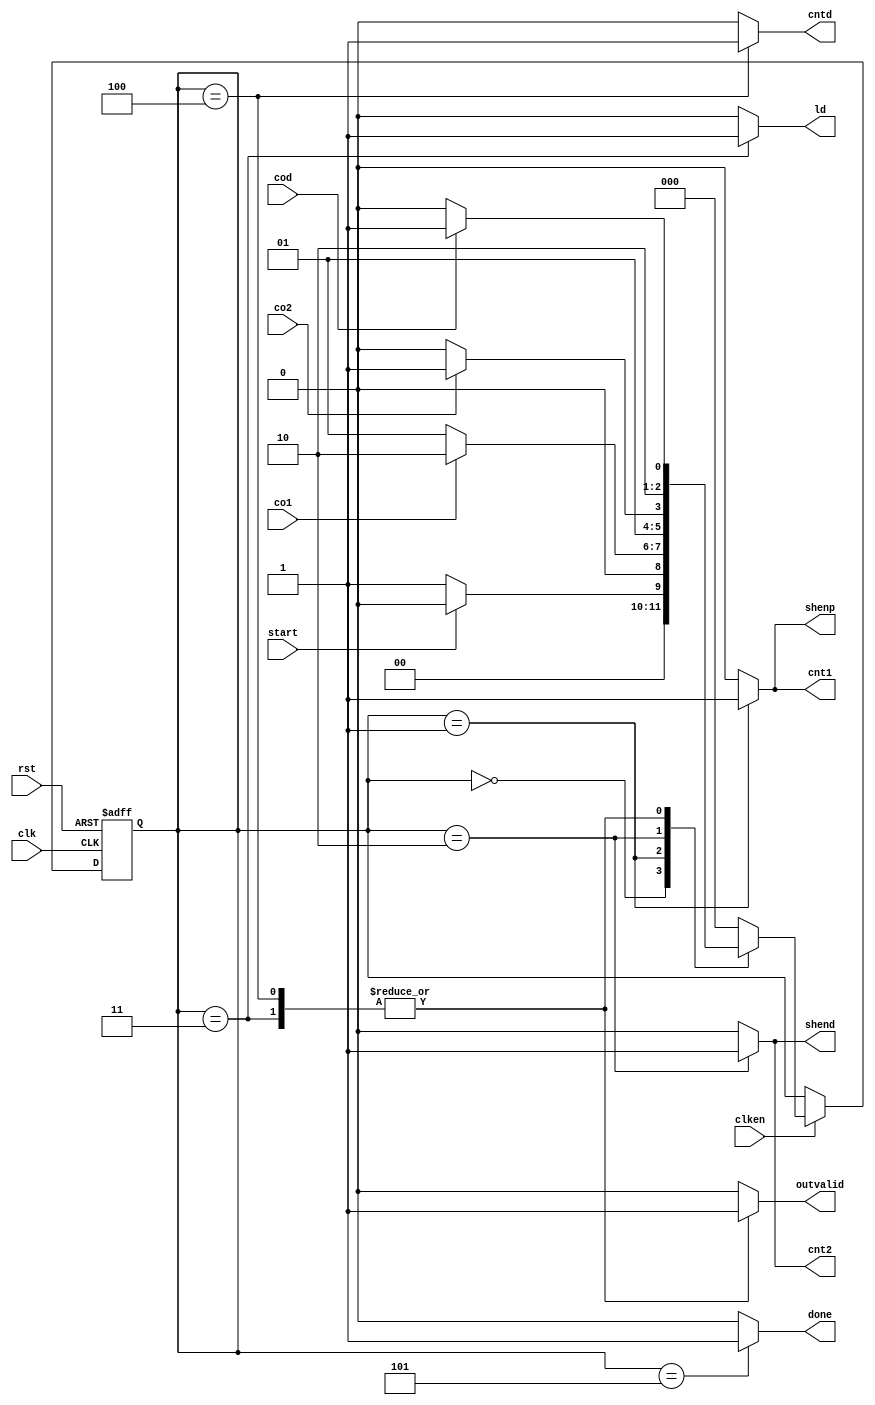
module Controller(input clk , start , co1 , co2 , cod , rst , clken,
output reg done , cnt1 , shenp , cnt2 , shend , outvalid , ld , cntd);
    parameter IDEL = 3'b000 , GETPORT = 3'b001 , GETDATA = 3'b010 , 
    LD = 3'b011 ,DATATR = 3'b100 , DONE = 3'b101;

    reg [2:0] ps , ns;
    always @(ps , start , co1 , co2 , cod) begin
        ns = IDEL;
        case (ps)
            IDEL : ns = (start == 1'b0) ? GETPORT:IDEL;
            GETPORT : ns = (co1) ? GETDATA:GETPORT;
            GETDATA : ns = (co2) ? LD:GETDATA;
            LD: ns = (cod) ? DONE:DATATR;
            DATATR : ns = (cod) ? DONE:DATATR;
            DONE : ns = IDEL;
            default: ns = IDEL;
        endcase
    end

    always @(ps) begin
        {done , cnt1 , shenp , cnt2 , shend , outvalid , ld , cntd } = 8'b0;
        case (ps)
            GETPORT : begin cnt1 = 1'b1 ; shenp = 1'b1 ; end
            GETDATA : begin cnt2 = 1'b1 ; shend = 1'b1 ; end
            LD : begin outvalid = 1'b1 ; ld = 1; end
            DATATR : begin outvalid = 1'b1 ; cntd = 1'b1 ; end
            DONE : done = 1'b1;
            default: {done , cnt1 , shenp , cnt2 , shend , outvalid , ld , cntd} = 8'b0;
        endcase
    end


    always @(posedge clk , posedge rst) begin
        if(rst) ps <= IDEL;
        else if(clken) ps <= ns;
    end
    
endmodule